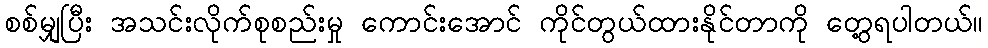
စစ်မျှပြီး အသင်းလိုက်စုစည်းမှု ကောင်းအောင် ကိုင်တွယ်ထားနိုင်တာကို တွေ့ရပါတယ်။